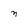
Character: n